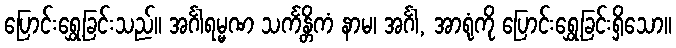
ပြောင်းရွှေ့ခြင်းသည်။ အင်္ဂါရမ္မဏ သင်္ကန္တိကံ နာမ၊ အင်္ဂါ, အာရုံကို ပြောင်းရွှေ့ခြင်းရှိသော။